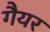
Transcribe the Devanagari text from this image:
गैयर